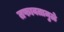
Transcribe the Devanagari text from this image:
तफावतामुळे